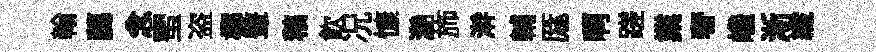
翰藹念蜜盗榔鼙稿飲况慷灔斾澣輔厖啊蹉業奢巉淅纖